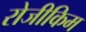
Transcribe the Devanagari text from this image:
रोजीकिम